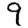
Digit: 9